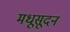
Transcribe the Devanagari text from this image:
मधूसूदन